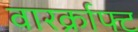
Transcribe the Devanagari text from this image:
वारर्क्राफ्ट